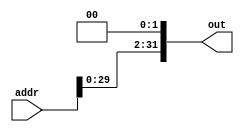
module Shift_left_2
(
 input [31:0] addr,
 output reg [31:0] out
);

 always @(addr)
 begin
  out <= addr << 2;
 end
endmodule